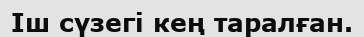
Іш сүзегі кең таралған.